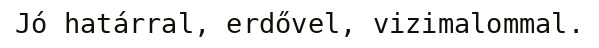
Jó határral, erdővel, vizimalommal.